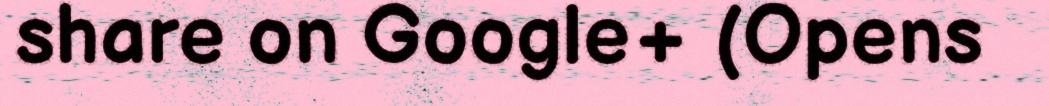
share on Google+ (Opens